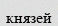
князей